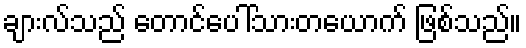
ချားလ်သည် တောင်ပေါ်သားတယောက် ဖြစ်သည်။